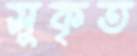
সুকৃত